Annual report of the Prince of Wales Medical College, Patna
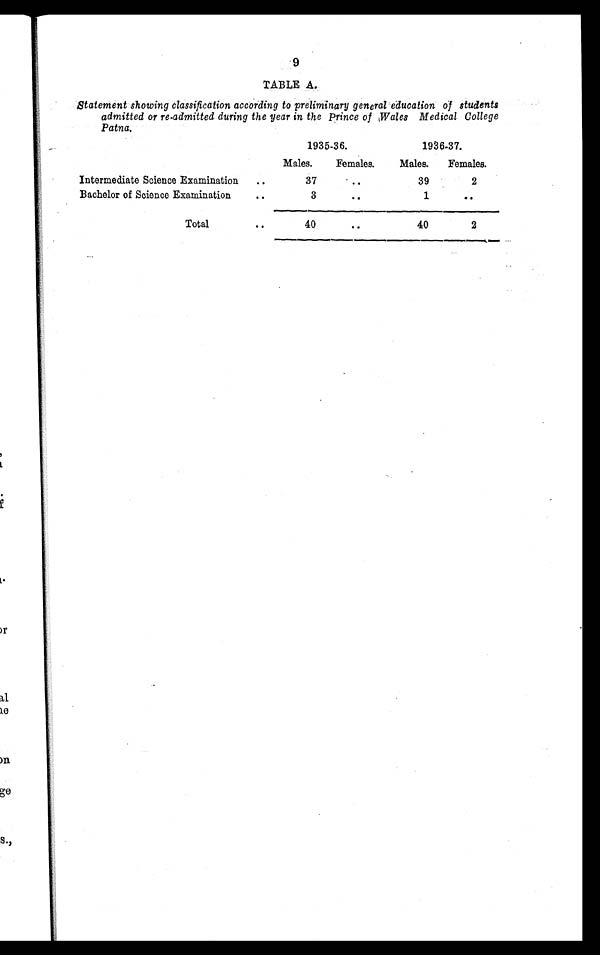
9
TABLE A.
Statement showing classification according to preliminary general education of students
admitted or re-admitted during the year in the Prince of Wales Medical College
Patna.
1935-36.
1936-37.
Males.
Females.
Males.
Females.
Intermediate Science Examination
37
39
2
Bachelor of Science Examination
3
1
Total
40
40
2